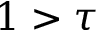
1 > \tau